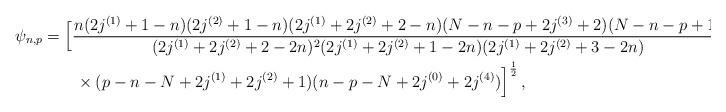
LaTeX: \begin{align*}\psi_{n,p} &= \Big[{\frac{n(2j^{(1)}+1-n)(2j^{(2)}+1-n)(2j^{(1)}+2j^{(2)}+2-n)(N-n-p+2j^{(3)}+2)(N-n-p+1) }{(2j^{(1)}+2j^{(2)} +2-2n)^2(2j^{(1)}+2j^{(2)}+1-2n)(2j^{(1)}+2j^{(2)}+3-2n) } } \\ &\qquad\times { (p-n-N+2j^{(1)}+2j^{(2)}+1)(n-p-N +2j^{(0)}+2j^{(4)}) }\Big]^{\frac12}\,, \end{align*}